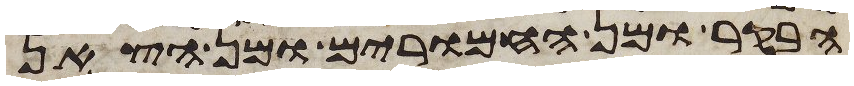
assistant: הבקר ומן החמרים ומן הצאן